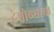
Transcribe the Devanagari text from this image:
देमोठ्याया